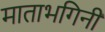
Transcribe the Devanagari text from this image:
माताभगिनी